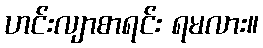
ဟင်းလျာစာရင်း ရမလား။